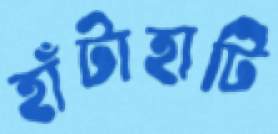
হাঁটাহাটি